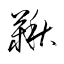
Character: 鞦